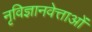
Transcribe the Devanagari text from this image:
नृविज्ञानवेत्ताओं